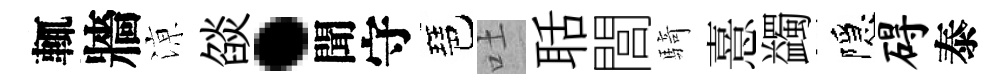
輒牆鿌燄·聞守琶吐聒閭騎憙蠲隱碍泰